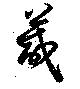
葴